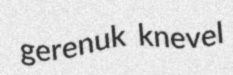
gerenuk knevel